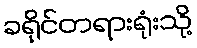
ခရိုင်တရားရုံးသို့